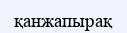
қанжапырақ